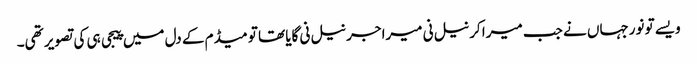
ویسے تو نورجہاں نے جب میرا کرنیل نی میرا جرنیل نی گایا تھا تو میڈم کے دل میں پیجی ہی کی تصویر تھی۔